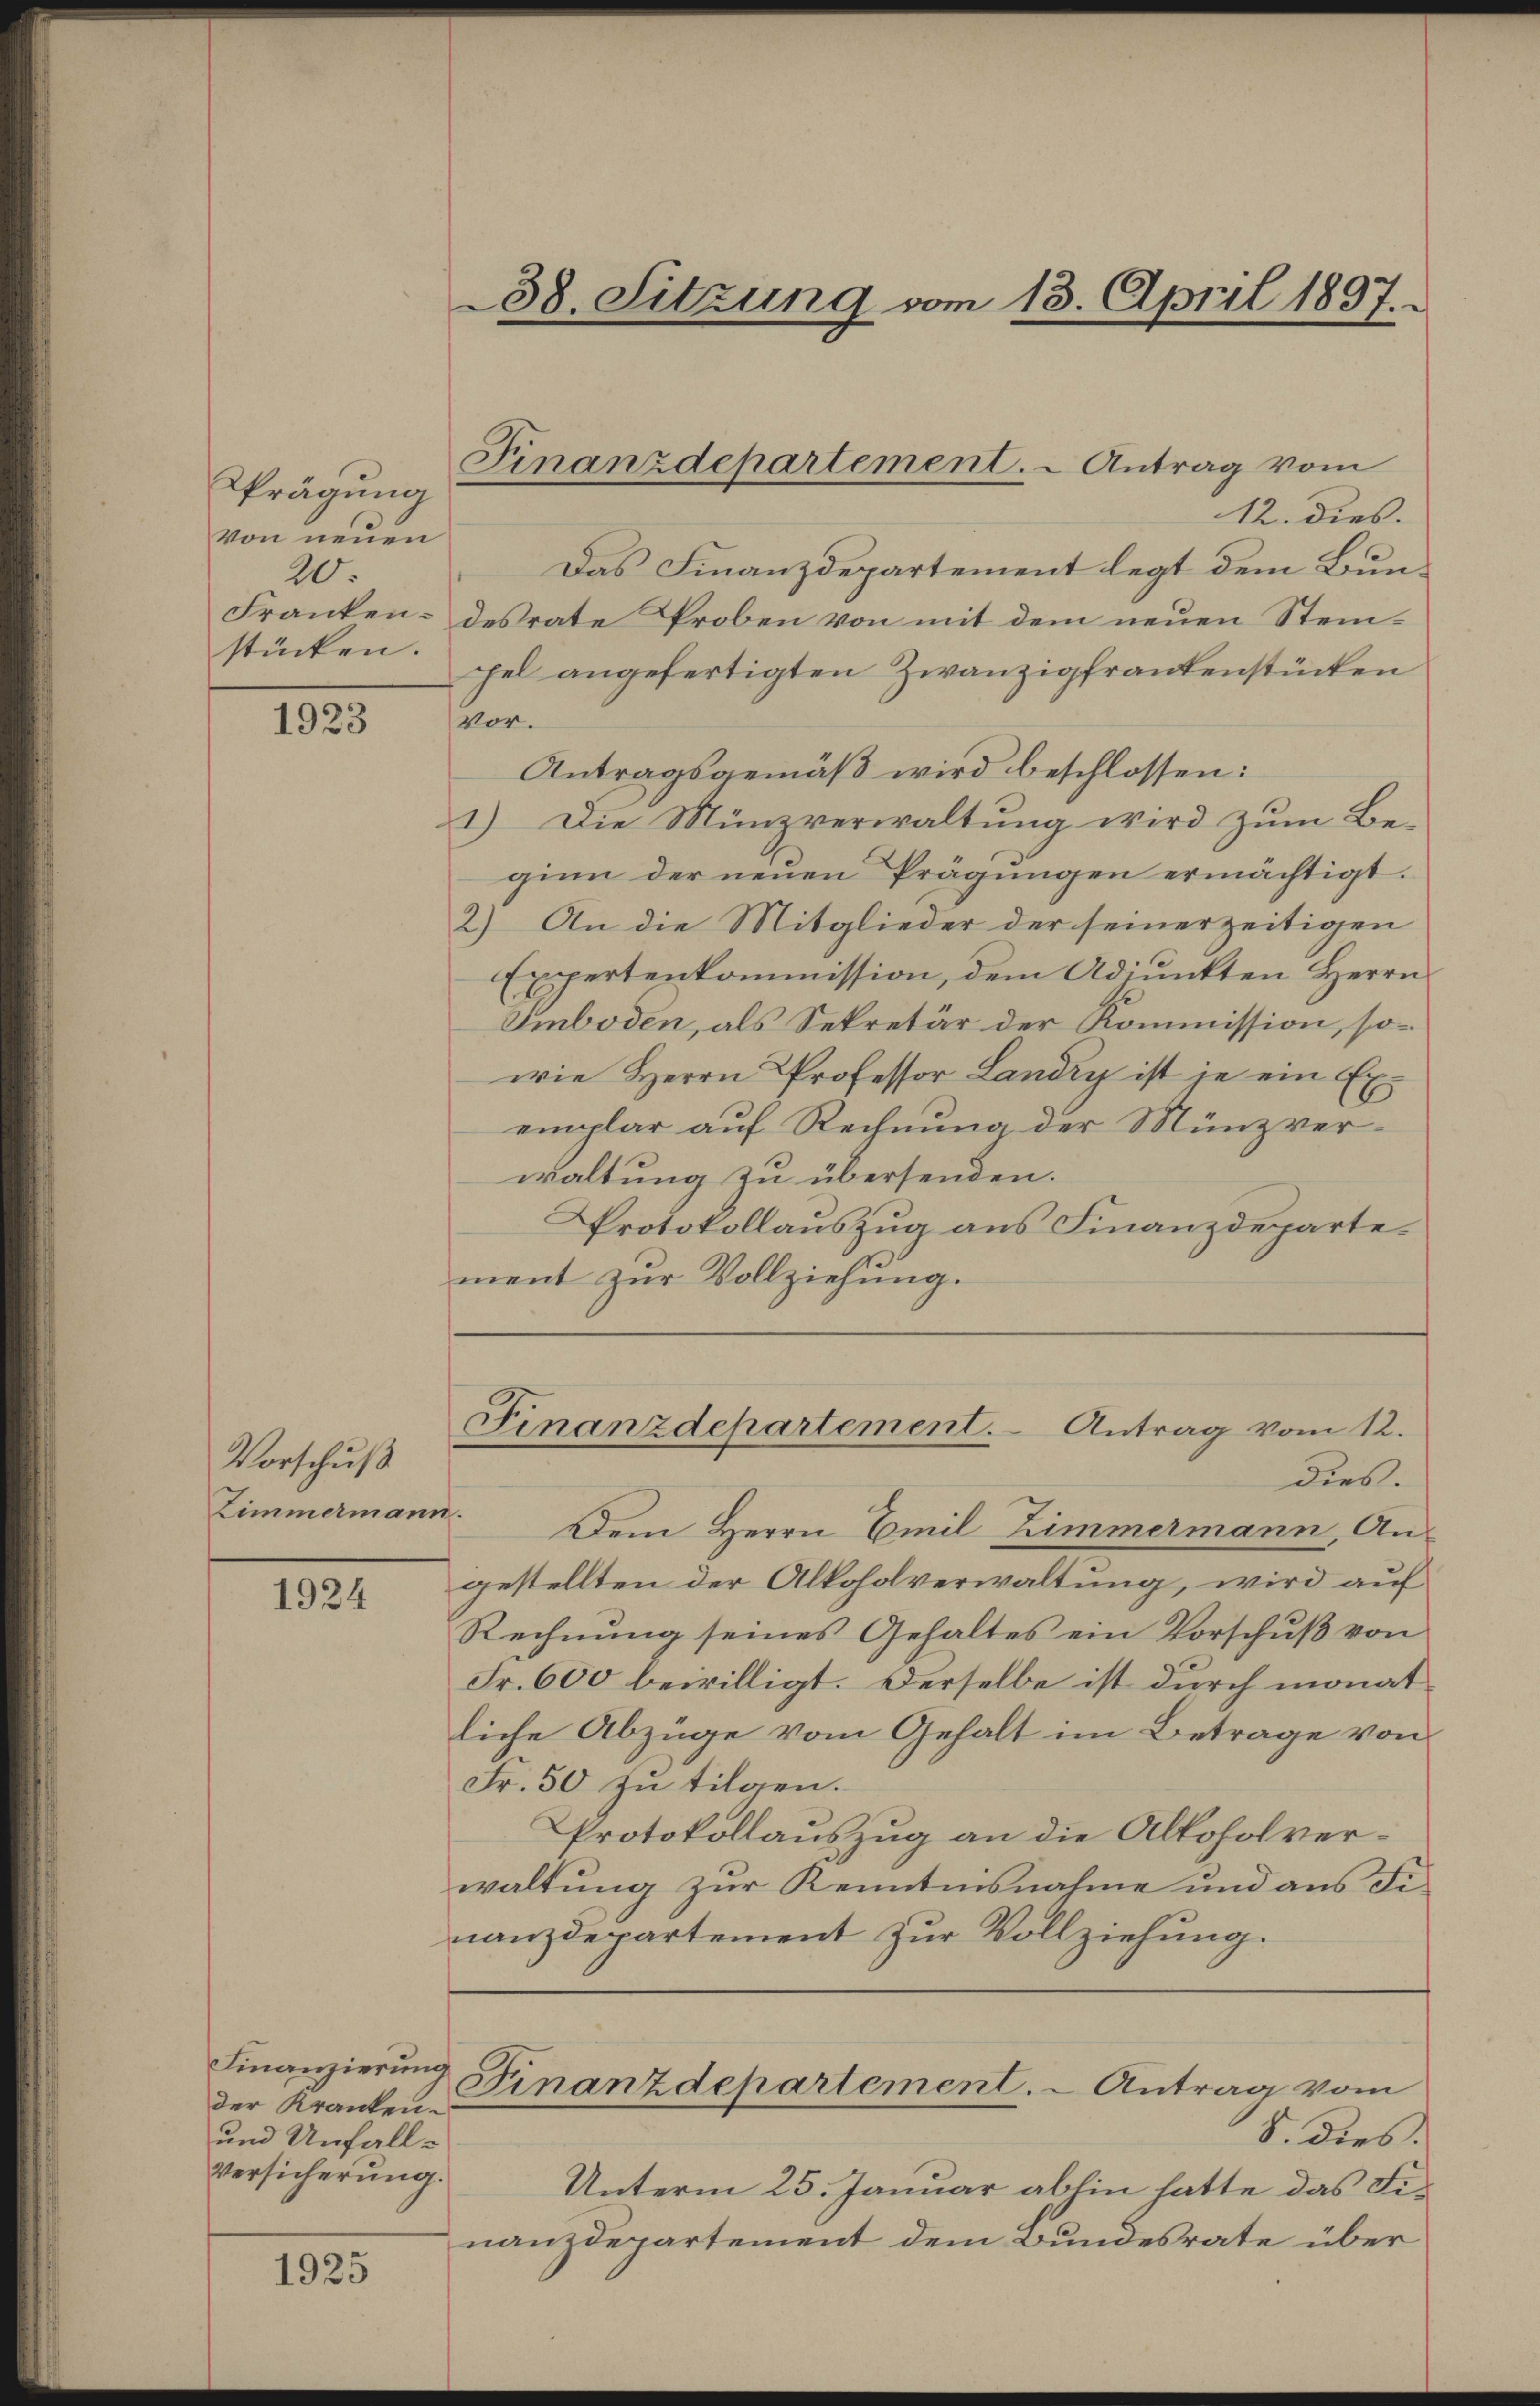
Prägung
Von neuen
20.
Franken.
stücken.

1923

Vorschuß
Zimmermann.

1924

Finanzierung
der Kranken.
und Unfall¬
Versicherung.

1923

38. Sitzung vom 13. April 1837.

Finanzdepartement. - Antrag vom

12. dies.
Das Finanzdepartement legt dem Bundesrate Proben von mit dem neuen Steinpel angefertigten Zwanzigfrankenstücken
Vor.
Antragsgemäß wird beschlossen:
1.) Die Münzverwaltung wird zum Be-
ginn der neuen Prägungen ermächtigt.
2) An die Mitglieder der seinerzeitigen
Expertenkommission, dem Adjunkten Herrn
Smboden, als Sekretär der Kommission, sowie Herrn Professor Landry ist je ein Exemplar auf Rechnung der Münzverwaltung zu übersenden.
Protokollauszug aus Finanzdeparte.
ment zur Vollziehung.

Finanzdepartement. Antrag vom 12.
dies.

Dem Herrn Emil Zimmermann An-
gestellten der Alkoholverwaltung, wird auf
Rechnung seines Gehaltes ein Vorschuß von
Fr. 600 bewilligt. Derselbe ist durch monat
liche Abzüge vom Gehalt im Betrage von
Fr. 50 zu tilgen.
Protokollauszug an die Alkoholverwaltung zur Kenntnisnahme und aus Finanzdepartement zur Vollziehung.

Finanzdepartement. - Antrag vom

S. dies
Unterm 25. Januar ablin hatte das Finanzdepartement dem Bundesrate über